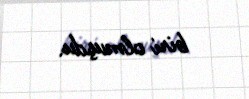
biri olmuşdu.